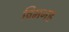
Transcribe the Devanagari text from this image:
विमनह